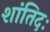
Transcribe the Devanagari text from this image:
शांतिदः